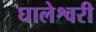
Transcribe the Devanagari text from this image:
घालेश्वरी